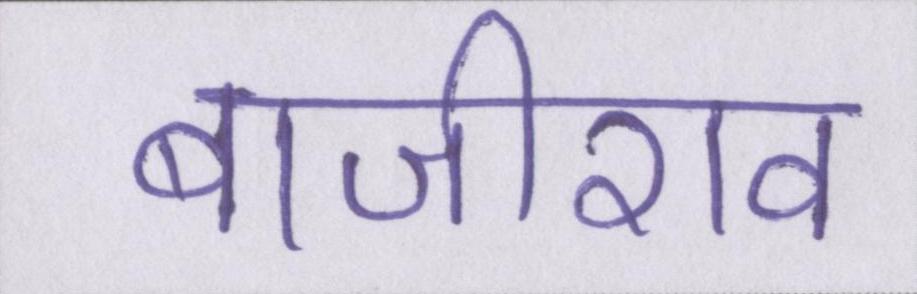
बाजीराव